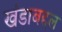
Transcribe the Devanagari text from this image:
खंडाबद्दल